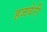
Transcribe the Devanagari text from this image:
हजवेरी